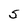
Character: S